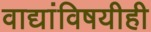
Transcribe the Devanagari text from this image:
वाद्यांविषयीही